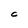
Character: C